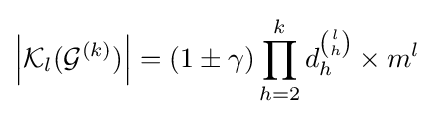
\left|{\mathcal {K}}_{l}({\mathcal {G}}^{(k)})\right|=(1\pm \gamma )\prod _{h=2}^{k}d_{h}^{\binom {l}{h}}\times m^{l}